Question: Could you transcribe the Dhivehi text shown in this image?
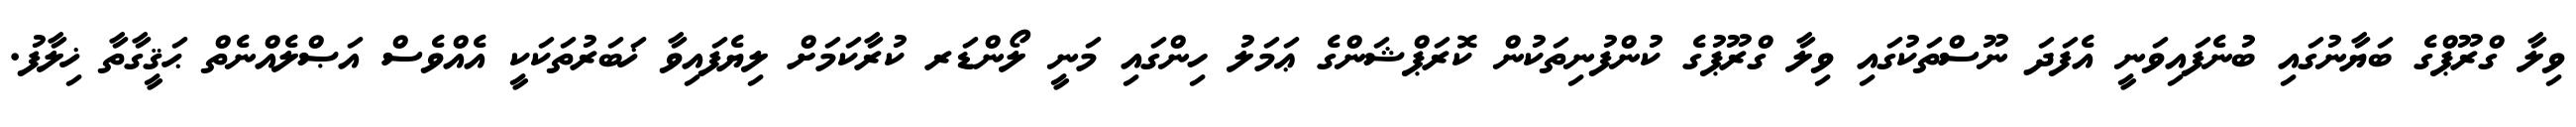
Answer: ވިލާ ގްރޫޕްގެ ބަޔާނުގައި ބުނެފައިވަނީ އެފަދަ ނޫސްތަކުގައި ވިލާ ގްރޫޕުގެ ކުންފުނިތަކުން ކޮރަޕްޝަންގެ ޢަމަލު ހިންގައި މަނީ ލޯންޑަރ ކުރާކަމަށް ލިޔެފައިވާ ޚަބަރުތަކަކީ އެއްވެސް އަޞްލެއްނެތް ޙަޤީގާތާ ޚިލާފު.